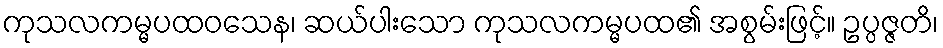
ကုသလကမ္မပထဝသေန၊ ဆယ်ပါးသော ကုသလကမ္မပထ၏ အစွမ်းဖြင့်။ ဥပ္ပဇ္ဇတိ၊